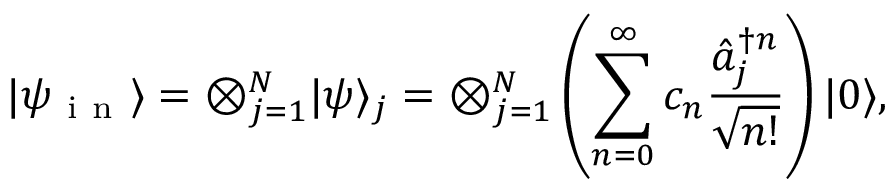
\vert \psi _ { \mathrm { ~ i ~ n ~ } } \rangle = \otimes _ { j = 1 } ^ { N } \vert \psi \rangle _ { j } = \otimes _ { j = 1 } ^ { N } \left( \sum _ { n = 0 } ^ { \infty } c _ { n } \frac { \hat { a } _ { j } ^ { \dag n } } { \sqrt { n ! } } \right) \vert 0 \rangle ,